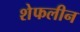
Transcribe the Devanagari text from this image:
शेफलीन